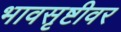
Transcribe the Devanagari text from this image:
भावसृष्टीवर